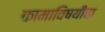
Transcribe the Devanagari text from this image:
कामाविषयीचा